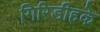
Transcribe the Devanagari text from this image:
गिरिडीहके